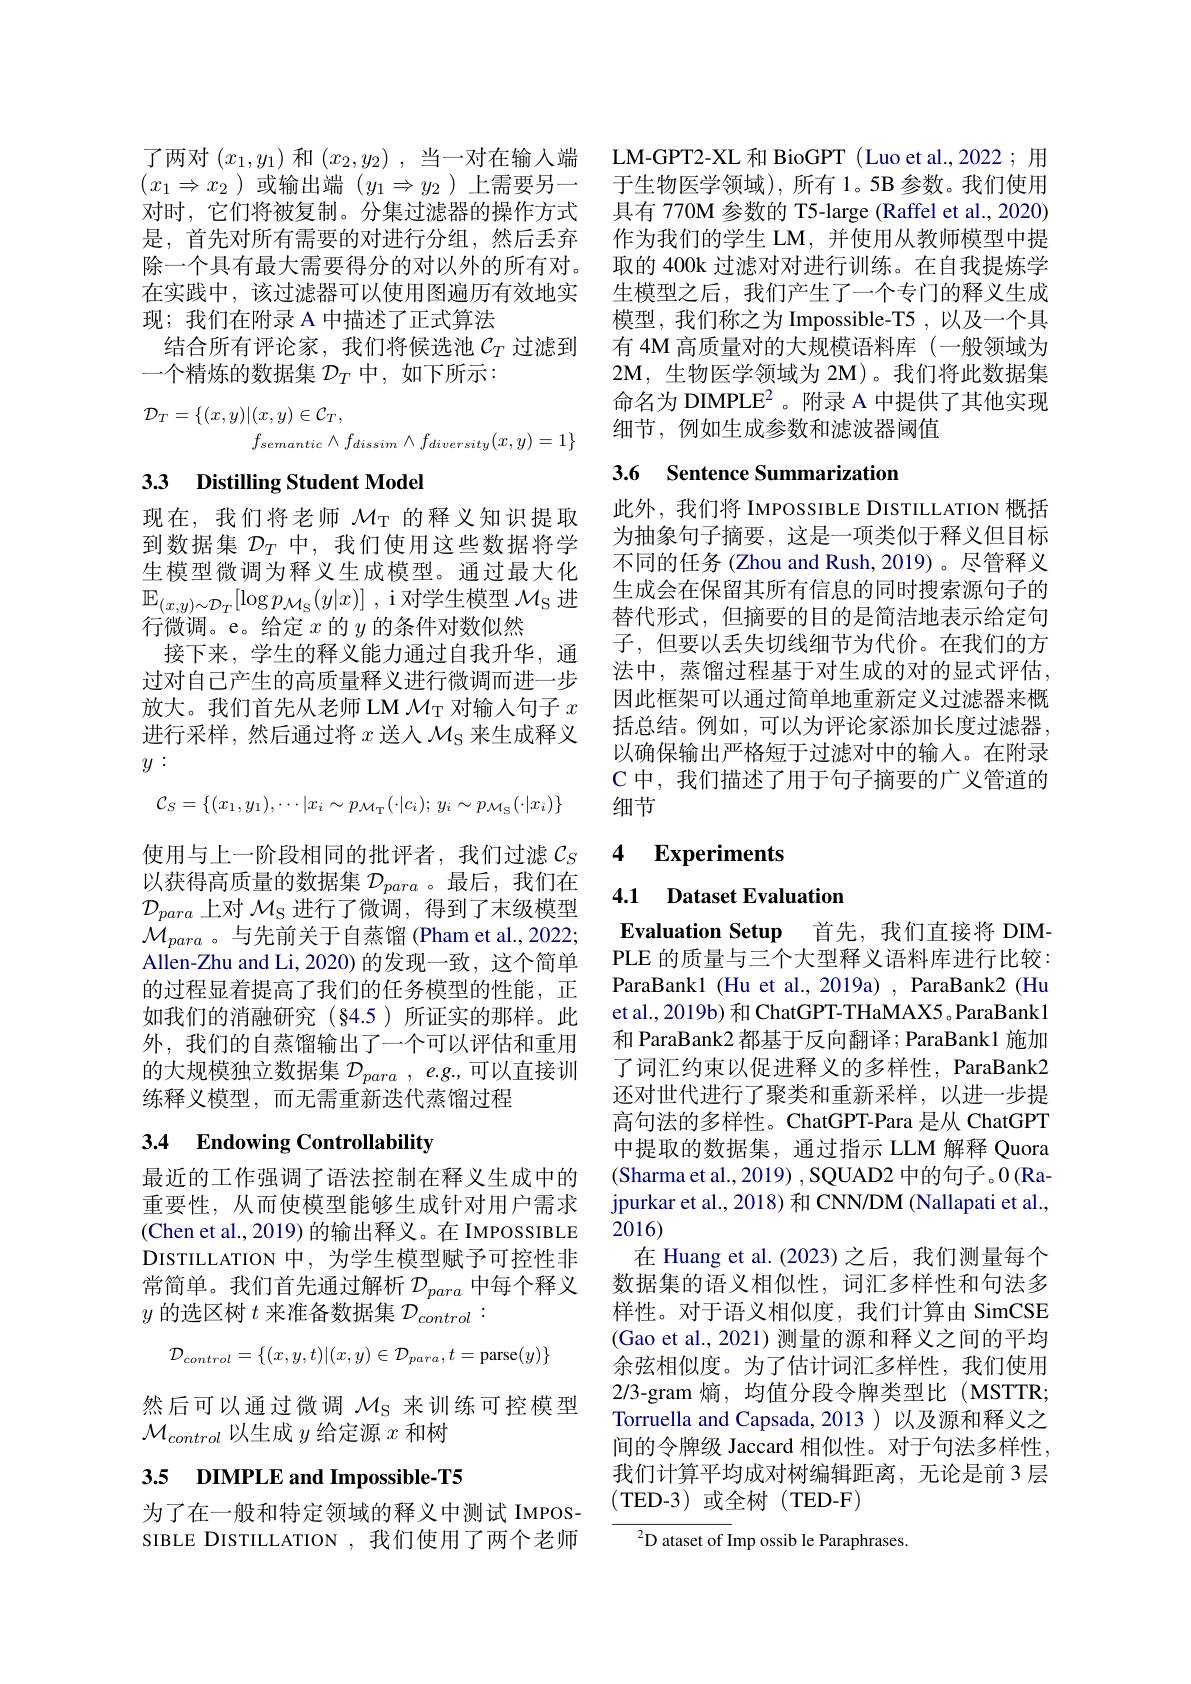
了两对$(x_1,y_1)$和$(x_2,y_2)$ ,当一对在输入端 LM-GPT2-XL 和 BioGPT (Luo et al.,2022; 用$(x_1\Rightarrow x_2$ )或输出端$(y_1\Rightarrow y_2$ )上需要另一 于生物医学领域),所有 1。5B 参数。我们使用对时，它们将被复制。分集过滤器的操作方式 具有 770M 参数的 T5-large (Raffel et al.,2020) 是，首先对所有需要的对进行分组，然后丢弃 作为我们的学生 LM,并使用从教师模型中提除一个具有最大需要得分的对以外的所有对。取的 400k 过滤对对进行训练。在自我提炼学在实践中，该过滤器可以使用图遍历有效地实
现；我们在附录 A 中描述了正式算法
结合所有评论家，我们将候选池$\mathcal{C}_T$过滤到
一个精炼的数据集$\mathcal{D}_T$中，如下所示：
$$\mathcal{D}_{T}=\{(x,y)|(x,y)\in\mathcal{C}_{T},\\f_{semantic}\wedge f_{dissim}\wedge f_{diversity}(x,y)=1\}$$
# 33 Distilling Student Model

现在，我们将老师$\mathcal{M}_\mathrm{T}$的释义知识提取到数据集$\mathcal{D}_T$中，我们使用这些数据将学生模型微调为释义生成模型。通过最大化$\mathbb{E} _{( x, y) \sim \mathcal{D} _T}[ \log p_{\mathcal{M} _S}( y| x) ]$ ,i 对学生模型$\mathcal{M}_\mathrm{S}$进行微调。e。给定$x$的$y$的条件对数似然
接下来，学生的释义能力通过自我升华，通过对自己产生的高质量释义进行微调而进一步放大。我们首先从老师 LM $\mathcal{M}_\mathrm{T}$对输入句子$x$ 进行采样，然后通过将$x$送人$\mathcal{M}_\mathrm{S}$来生成释义$y:$
$$\mathcal{C}_S=\{(x_1,y_1),\cdots|x_i\sim p_{\mathcal{M}_\mathrm{T}}(\cdot|c_i);\:y_i\sim p_{\mathcal{M}_\mathrm{S}}(\cdot|x_i)\}$$
使用与上一阶段相同的批评者，我们过滤$\mathcal{C}_S$ 以获得高质量的数据集$\mathcal{D}_{para}$ 。最后，我们在$\mathcal{D}_{para}$上对$\mathcal{M}_\mathrm{S}$进行了微调，得到了末级模型$\dot{\mathcal{M}}_{para}$ 。与先前关于自蒸馏 (Pham et al.,2022; Allen-Zhu and Li, 2020) 的发现一致，这个简单的过程显着提高了我们的任务模型的性能，正如我们的消融研究(§4.5)所证实的那样。此外，我们的自蒸馏输出了一个可以评估和重用的大规模独立数据集$\mathcal{D}_{para},e.g.$,可以直接训练释义模型，而无需重新迭代蒸馏过程

# 3.4 Endowing Controllability

最近的工作强调了语法控制在释义生成中的重要性，从而使模型能够生成针对用户需求(Chen et al., 2019) 的输出释义。在 IMPOSSIBLE DISTILLATION中，为学生模型赋予可控性非常简单。我们首先通过解析$\mathcal{D}_{para}$中每个释义$y$的选区树$t$来准备数据集$\mathcal{D}_control:$
$$\mathcal{D}_{control}=\{(x,y,t)|(x,y)\in\mathcal{D}_{para},t=\text{parse}(y)\}$$
然后可以通过微调$\mathcal{M}_\mathrm{S}$来训练可控模型
$\mathcal{M}_{control}$以生成$y$给定源$x$和树

# 3.5 DIMPLE and Impossible-T5

为了在一般和特定领域的释义中测试 IMPOSSIBLE DISTILLATION , 我们使用了两个老师

生模型之后，我们产生了一个专门的释义生成模型，我们称之为 Impossible-T5 , 以及一个具有 4M 高质量对的大规模语料库 (一般领域为2M, 生物医学领域为 2M)。我们将此数据集命名为 DIMPLE$^2$。附录 A 中提供了其他实现细节，例如生成参数和滤波器阈值

## 3.6 Sentence Summarization

此外，我们将 IMPOSSIBLE DISTILLATION 概括为抽象句子摘要，这是一项类似于释义但目标不同的任务 (Zhou and Rush, 2019) 。尽管释义生成会在保留其所有信息的同时搜索源句子的替代形式，但摘要的目的是简洁地表示给定句子，但要以丢失切线细节为代价。在我们的方法中，蒸馏过程基于对生成的对的显式评估， 因此框架可以通过简单地重新定义过滤器来概括总结。例如，可以为评论家添加长度过滤器， 以确保输出严格短于过滤对中的输入。在附录C 中，我们描述了用于句子摘要的广义管道的细节

### 4 $\textbf{Experiments}$

4.1 Dataset Evaluation

Evaluation Setup 首先，我们直接将 DIMPLE 的质量与三个大型释义语料库进行比较： ParaBank1 (Hu et al., 2019a) , ParaBank2 (Hu et al., 2019b) 和 ChatGPT- THaMAX5 。ParaBank1和 ParaBank2 都基于反向翻译；ParaBank1 施加了词汇约束以促进释义的多样性，ParaBank2还对世代进行了聚类和重新采样，以进一步提高句法的多样性。ChatGPT-Para 是从 ChatGPT 中提取的数据集，通过指示 LLM 解释 Quora $\left(\text{Sharma et al.,2019) , SQUAD2 中的句子。0 (Ra-)}\right)$ jpurkar et al., 2018) 和 CNN/DM (Nallapati et al., 2016)
在 Huang et al.(2023)之后，我们测量每个数据集的语义相似性，词汇多样性和句法多样性。对于语义相似度，我们计算由 SimCSE (Gao et al., 2021) 测量的源和释义之间的平均余弦相似度。为了估计词汇多样性，我们使用2/3-gram 熵，均值分段令牌类型比(MSTTR; Torruella and Capsada,2013 )以及源和释义之间的令牌级 Jaccard 相似性。对于句法多样性， 我们计算平均成对树编辑距离，无论是前 3 层(TED-3)或全树(TED-F)
$^{2}$D ataset of Imp ossib le Paraphrases.